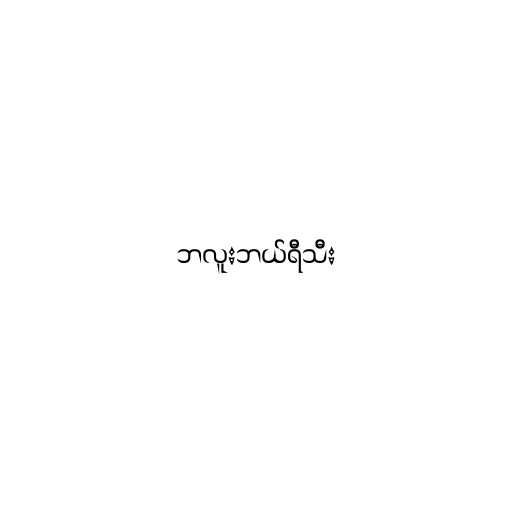
ဘလူးဘယ်ရီသီး